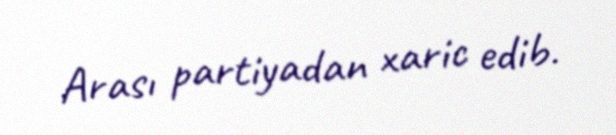
Arası partiyadan xaric edib.